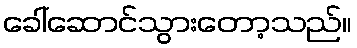
ခေါ်ဆောင်သွားတော့သည်။